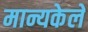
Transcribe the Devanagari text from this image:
मान्यकेले